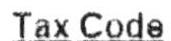
TAX CODE